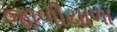
જાળીયાળા